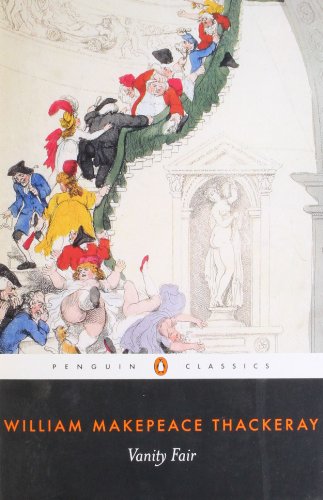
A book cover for Vanity Fair (Penguin Classics); William Makepeace Thackeray; Literature & Fiction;